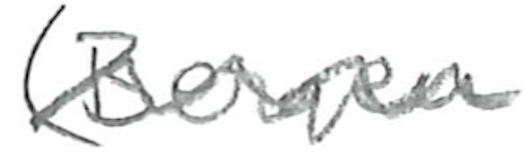
Text: (Bergen
Cross-out: wave
Writing tool: pencil